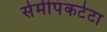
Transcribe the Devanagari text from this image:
सेमीपंकटेटा